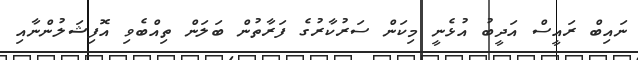
ނައިބް ރައީސް އަދީބު އުޅެނީ މިކަން ސަރުކާރުގެ ފަރާތުން ބަލަން ތިއްބެވި އޮފިޝަލުންނާއި